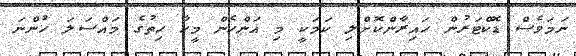
ނަމަވެސް ޑޮކްޓަރުން ހައިރާންކޮށްލި ކަމަކީ މި އަންހެން މީހާ ހިތުގެ މައްސަލަ ހުންނަ